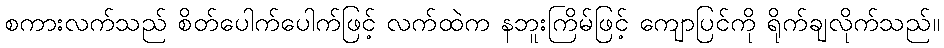
စကားလက်သည် စိတ်ပေါက်ပေါက်ဖြင့် လက်ထဲက နဘူးကြိမ်ဖြင့် ကျောပြင်ကို ရိုက်ချလိုက်သည်။